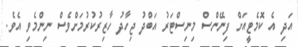
އަދި އެ ކޮމެޓީއަށް ފިނޭންސް މިނިސްޓަރު އަބްދު ޖިހާދު ހާޒިރުކުރުމަށްވެސް ނިންމެވި އެވެ.